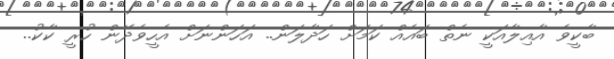
ބާކީވެ އާއިލާއަކީ ނެތް ބައެއް ކަމަށް ހަދާލަން.. އަހަންނަށް އެހީވެދޭން ހުރީ ކާކު..